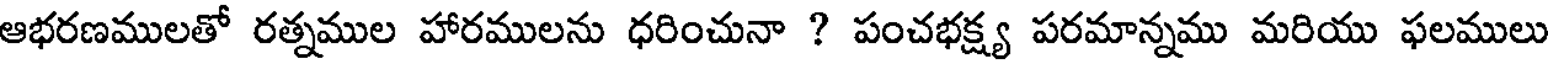
ఆభరణములతో రత్నముల హారములను ధరించునా ? పంచభక్ష్య పరమాన్నము మరియు ఫలములు